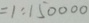
= 1 : 1 5 0 0 0 0